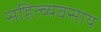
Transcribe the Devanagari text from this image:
सहित्व्यवसाय